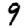
Digit: 9